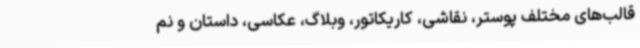
قالب‌های مختلف پوستر، نقاشی، کاریکاتور، وبلاگ، عکاسی، داستان و نم